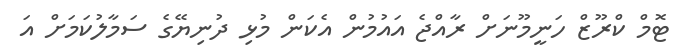
ޓޮމް ކްރޫޒް ހަނީމޫނަށް ރާއްޖެ އައުމުން އެކަން މުޅި ދުނިޔޭގެ ސަމާލުކަމަށް އަ